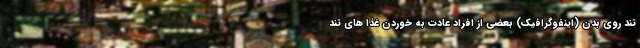
تند روی بدن (اینفوگرافیک) بعضی از افراد عادت به خوردن غذا های تند